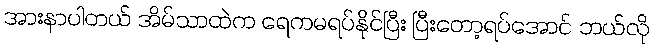
အားနာပါတယ် အိမ်သာထဲက ရေကမရပ်နိုင်ပြီး ပြီးတော့ရပ်အောင် ဘယ်လို